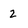
Character: 2